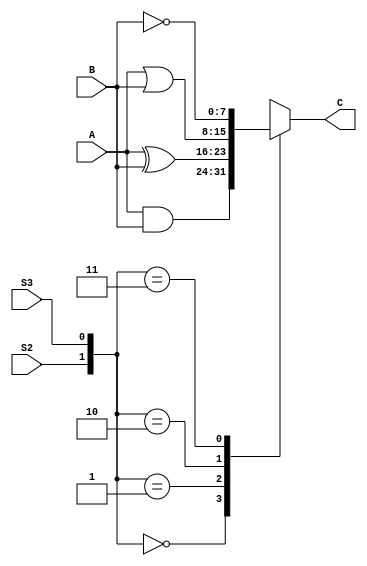
module LOGIC_UNIT #(parameter WIDTH=8)(input [WIDTH-1:0] A,
input [WIDTH-1:0] B,
input S2,
input S3,
output reg [WIDTH-1:0] C
);
always@(*)
 begin
	case({S2,S3})
    	2'b00:begin
		C=A&B;
	      end
    	2'b01:begin
		 C=A^B;
	      end
    	2'b10:begin
		 C=A|B;
	      end
    	2'b11:begin
		 C=~B;
	      end
	endcase
	
 end



endmodule